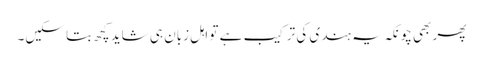
پھر بھی چونکہ یہ ہندی کی ترکیب ہے تو اہلِ زبان ہی شاید کچھ بتا سکیں۔